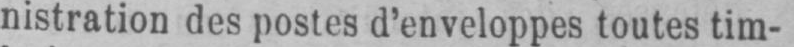
nistration des postes d’enveloppes toutes tim-